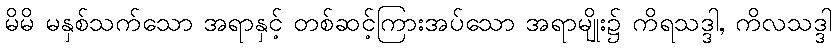
မိမိ မနှစ်သက်သော အရာနှင့် တစ်ဆင့်ကြားအပ်သော အရာမျိုး၌ ကိရသဒ္ဒါ, ကိလသဒ္ဒါ